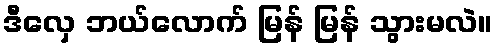
ဒီလှေ ဘယ်လောက် မြန် မြန် သွားမလဲ။